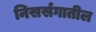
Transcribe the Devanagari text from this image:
निसर्सगातील